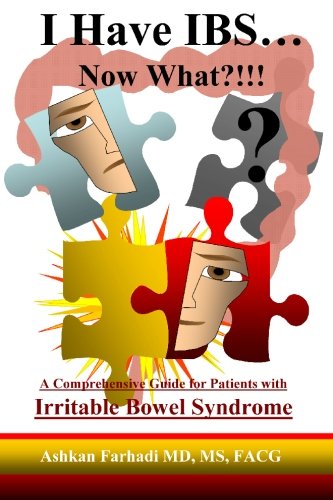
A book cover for I HAVE IBS...Now What?!!!: A Comprehensive Guide for Patients with Irritable Bowel Syndrome (English and Spanish Edition); Dr. Ashkan Farhadi; Health, Fitness & Dieting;